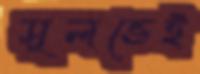
সুলভেই